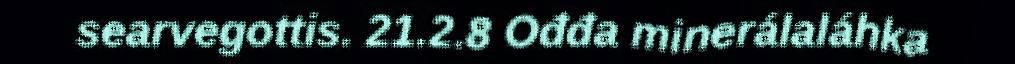
searvegottis. 21.2.8 Ođđa minerálaláhka